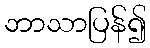
ဘာသာပြန်၍